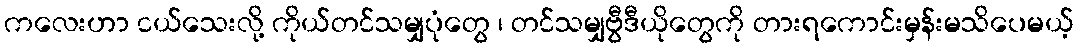
ကလေးဟာ ငယ်သေးလို့ ကိုယ်တင်သမျှပုံတွေ ၊ တင်သမျှဗွီဒီယိုတွေကို တားရကောင်းမှန်းမသိပေမယ့်